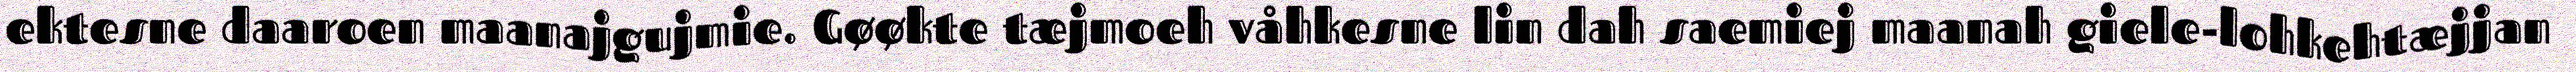
ektesne daaroen maanajgujmie. Gøøkte tæjmoeh våhkesne lin dah saemiej maanah giele-lohkehtæjjan